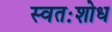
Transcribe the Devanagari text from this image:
स्वतःशोध